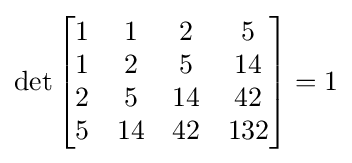
\det {\begin{bmatrix}1&1&2&5\\1&2&5&14\\2&5&14&42\\5&14&42&132\end{bmatrix}}=1